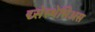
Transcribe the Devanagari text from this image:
द्य्सेस्थेसिअस